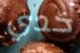
خدي